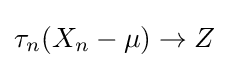
\tau _{n}(X_{n}-\mu )\to Z